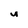
Character: u